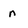
Character: n